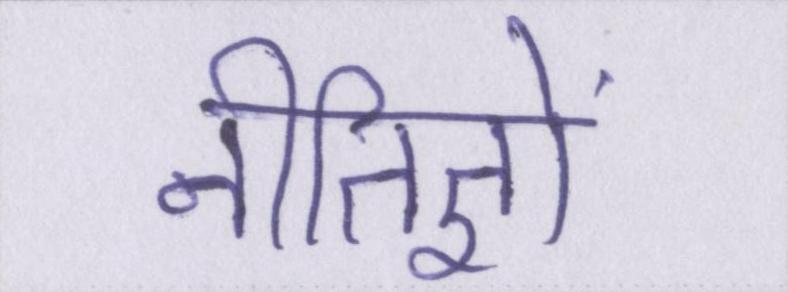
नीतिज्ञों